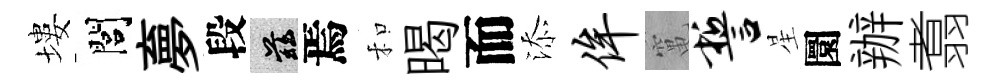
塿閭夣段兹焉和暍而添侔𥧄誓星圜辦翥